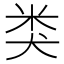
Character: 类